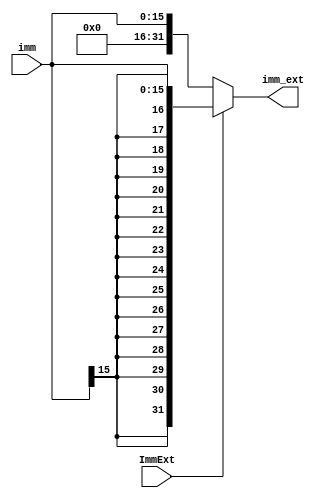
// This program was cloned from: https://github.com/Aurora2580/verilog
// License: MIT License

module ImmExtend(imm, ImmExt, imm_ext);
    input [15:0] imm;
    input ImmExt;
    output [31:0] imm_ext;

    assign imm_ext = ImmExt?{{16{imm[15]}},imm}:{16'b0,imm};

endmodule